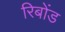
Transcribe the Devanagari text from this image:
रिबोंड